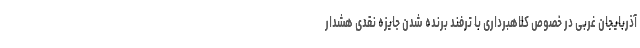
آذربایجان غربی در خصوص کلاهبرداری با ترفند برنده شدن جایزه نقدی هشدار